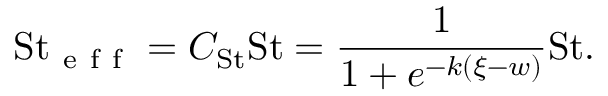
\mathrm { S t } _ { \mathrm { ~ e ~ f ~ f ~ } } = C _ { \mathrm { S t } } \mathrm { S t } = \frac { 1 } { 1 + e ^ { - k ( \xi - w ) } } \mathrm { S t } .